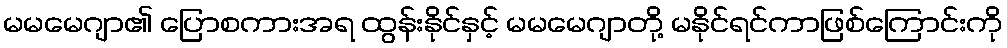
မမမေဂျာ၏ ပြောစကားအရ ထွန်းနိုင်နှင့် မမမေဂျာတို့ မနိုင်ရင်ကာဖြစ်ကြောင်းကို